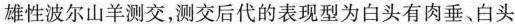
雄性波尔山羊测交，测交后代的表现型为白头有肉垂、白头